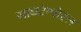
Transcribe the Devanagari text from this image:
साथटेम्पोरल